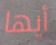
أيها